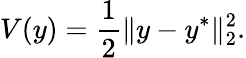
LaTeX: V(y)=\frac{1}{2}\| y-y^{*}\| _{2}^{2}.